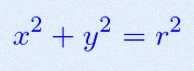
x^2+y^2=r^2